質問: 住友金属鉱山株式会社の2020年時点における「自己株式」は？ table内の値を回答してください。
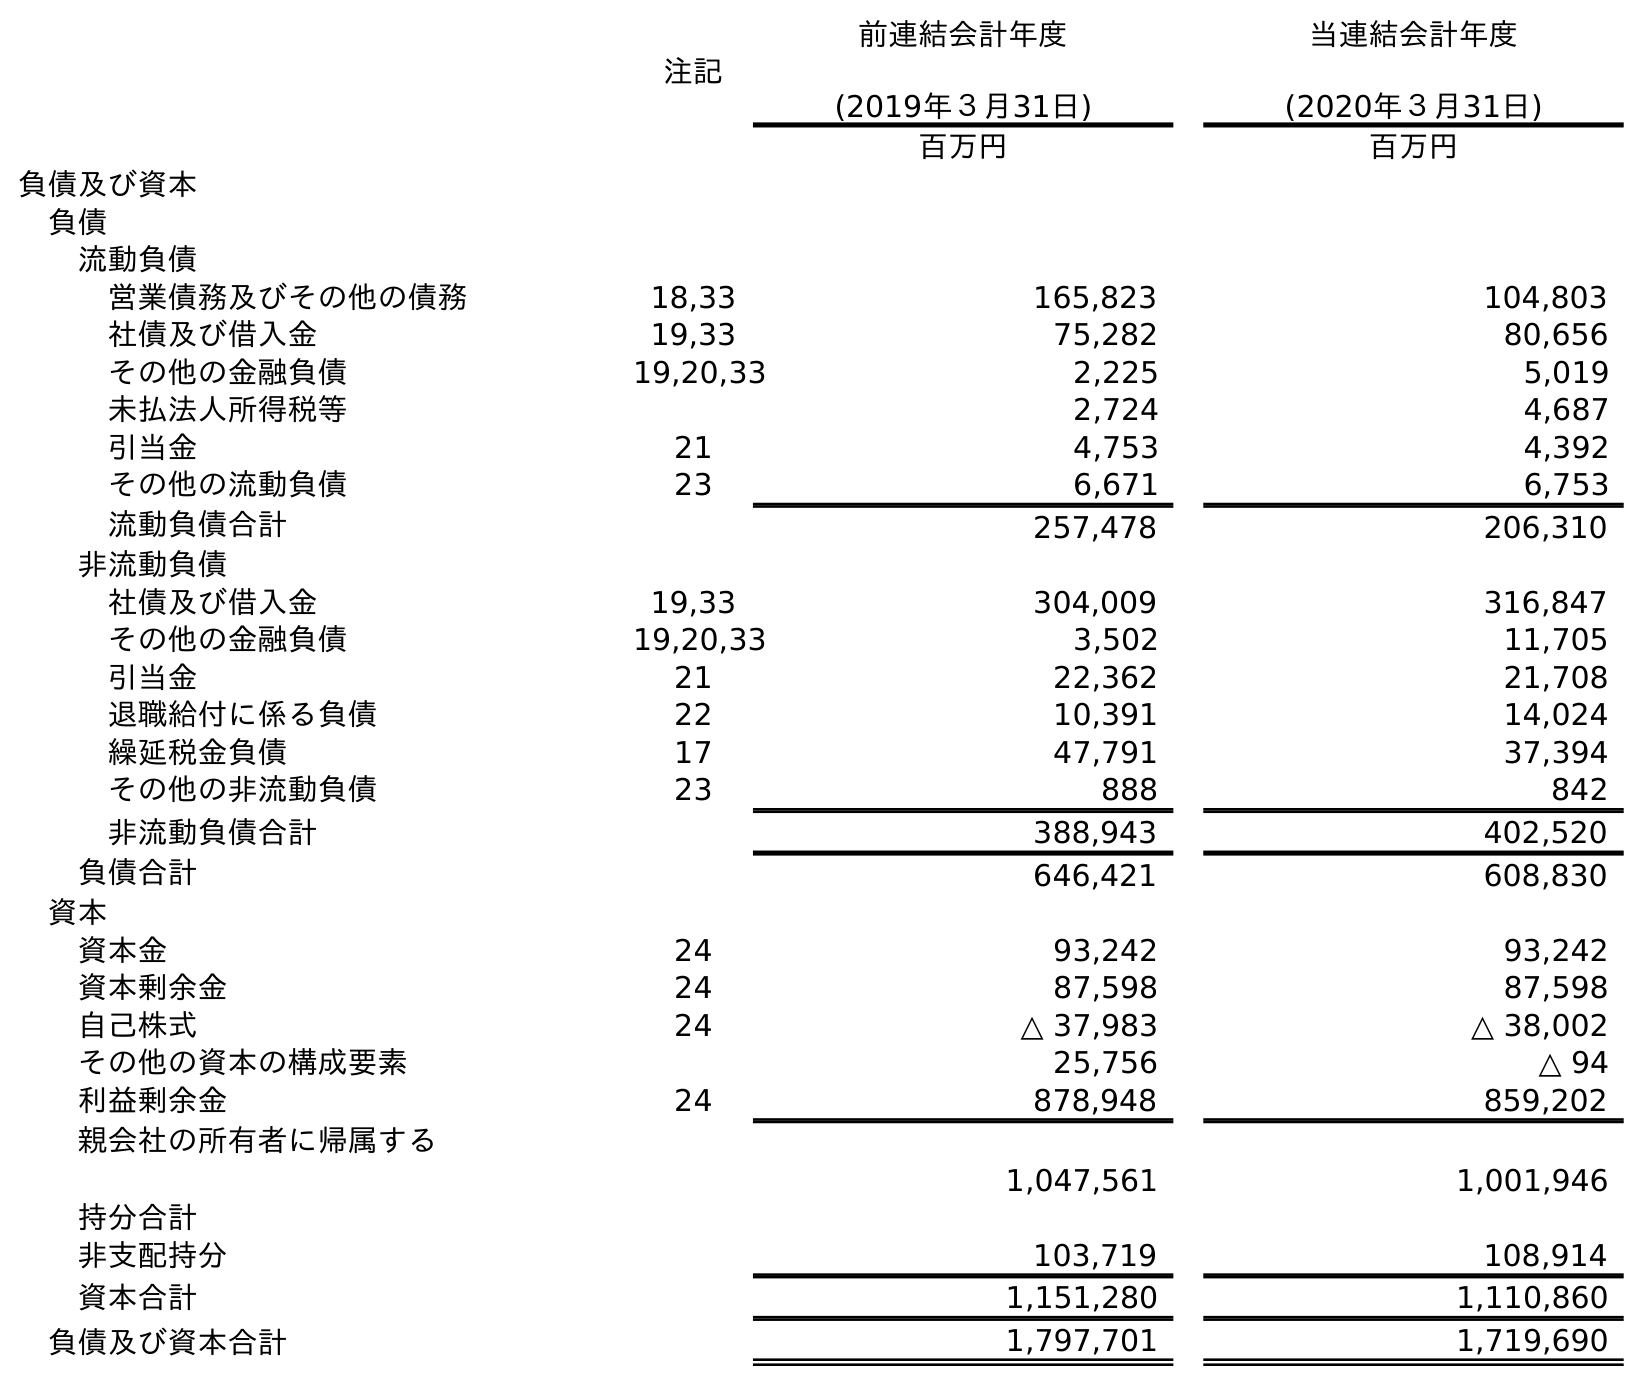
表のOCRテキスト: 注記 前連結会計年度 (2019年３月31日) 当連結会計年度 (2020年３月31日) 百万円 百万円 負債及び資本 負債 流動負債 営業債務及びその他の債務 18,33 165,823 104,803 社債及び借入金 19,33 75,282 80,656 その他の金融負債 19,20,33 2,225 5,019 未払法人所得税等 2,724 4,687 引当金 21 4,753 4,392 その他の流動負債 23 6,671 6,753 流動負債合計 257,478 206,310 非流動負債 社債及び借入金 19,33 304,009 316,847 その他の金融負債 19,20,33 3,502 11,705 引当金 21 22,362 21,708 退職給付に係る負債 22 10,391 14,024 繰延税金負債 17 47,791 37,394 その他の非流動負債 23 888 842 非流動負債合計 388,943 402,520 負債合計 646,421 608,830 資本 資本金 24 93,242 93,242 資本剰余金 24 87,598 87,598 自己株式 24 △ 37,983 △ 38,002 その他の資本の構成要素 25,756 △ 94 利益剰余金 24 878,948 859,202 親会社の所有者に帰属する 持分合計 1,047,561 1,001,946 非支配持分 103,719 108,914 資本合計 1,151,280 1,110,860 負債及び資本合計 1,797,701 1,719,690
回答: △38,002